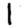
Digit: 1